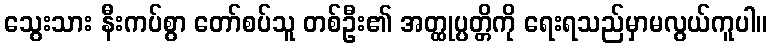
သွေးသား နီးကပ်စွာ တော်စပ်သူ တစ်ဦး၏ အတ္ထုပ္ပတ္တိကို ရေးရသည်မှာမလွယ်ကူပါ။